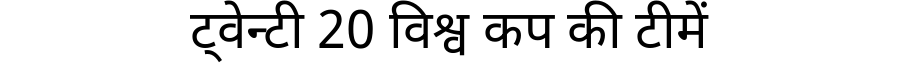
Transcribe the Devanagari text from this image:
ट्वेन्टी 20 विश्व कप की टीमें